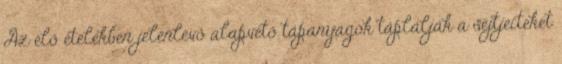
Az élő ételekben jelenlévő alapvető tápanyagok táplálják a sejtjeiteket